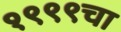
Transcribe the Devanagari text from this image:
१९९९चा